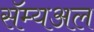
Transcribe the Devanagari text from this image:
सॅम्यअल